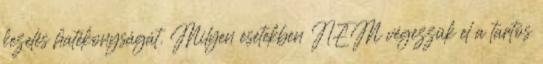
kezelés hatékonyságát. Milyen esetekben NEM végezzük el a tartós